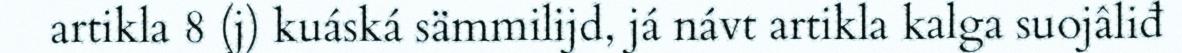
artikla 8 (j) kuáská sämmilijd, já návt artikla kalga suojâliđ